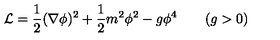
{ \cal L } = { \frac { 1 } { 2 } } ( \nabla \phi ) ^ { 2 } + { \frac { 1 } { 2 } } m ^ { 2 } \phi ^ { 2 } - g \phi ^ { 4 } \qquad ( g > 0 )